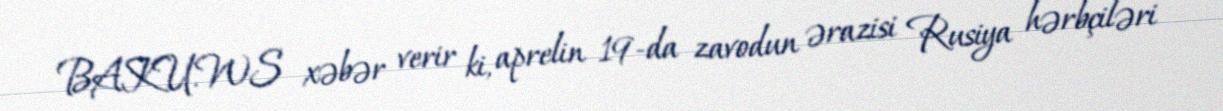
BAKU.WS xəbər verir ki, aprelin 19-da zavodun ərazisi Rusiya hərbçiləri